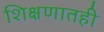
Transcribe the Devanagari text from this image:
शिक्षणातही